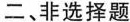
二、非选择题